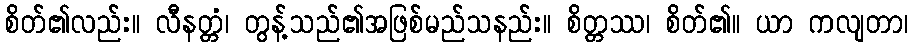
စိတ်၏လည်း။ လီနတ္တံ၊ တွန့်သည်၏အဖြစ်မည်သနည်း။ စိတ္တဿ၊ စိတ်၏။ ယာ ကလျတာ၊